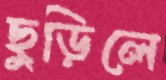
ছুড়িলে